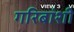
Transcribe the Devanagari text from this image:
गरिबांशी